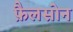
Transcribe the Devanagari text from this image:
फ़ैलसोन